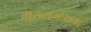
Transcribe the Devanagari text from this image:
मुख्यमंत्रापद